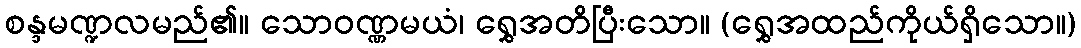
စန္ဒမဏ္ဍလမည်၏။ သောဝဏ္ဏမယံ၊ ရွှေအတိပြီးသော။ (ရွှေအထည်ကိုယ်ရှိသော။)